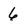
Character: 6